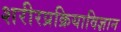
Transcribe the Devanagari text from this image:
शरीरप्रक्रियाविज्ञान